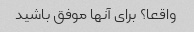
واقعا؟ برای آنها موفق باشید